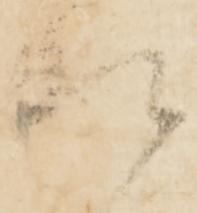
頼